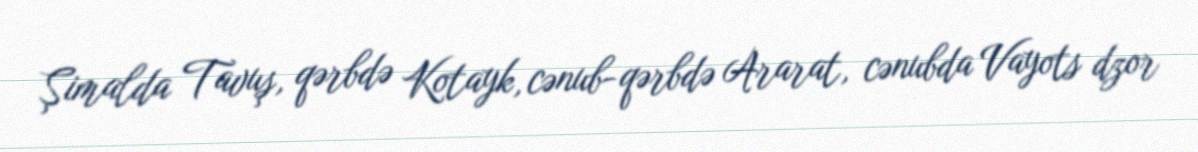
Şimalda Tavuş, qərbdə Kotayk, cənub-qərbdə Ararat, cənubda Vayots dzor